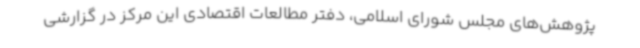
پژوهش‌های مجلس شورای اسلامی، دفتر مطالعات اقتصادی این مرکز در گزارشی